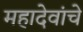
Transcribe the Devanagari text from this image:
महादेवांचे